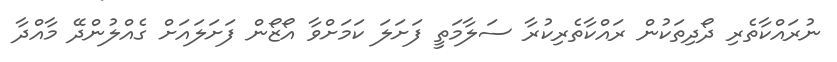
ނުރައްކާތެރި ދޯދިތަކުން ރައްކާތެރިކުރާ ސަލާމަތީ ފަށަލަ ކަމަށްވާ އޯޒޯން ފަށަލައަށް ގެއްލުންދޭ މާއްދާ